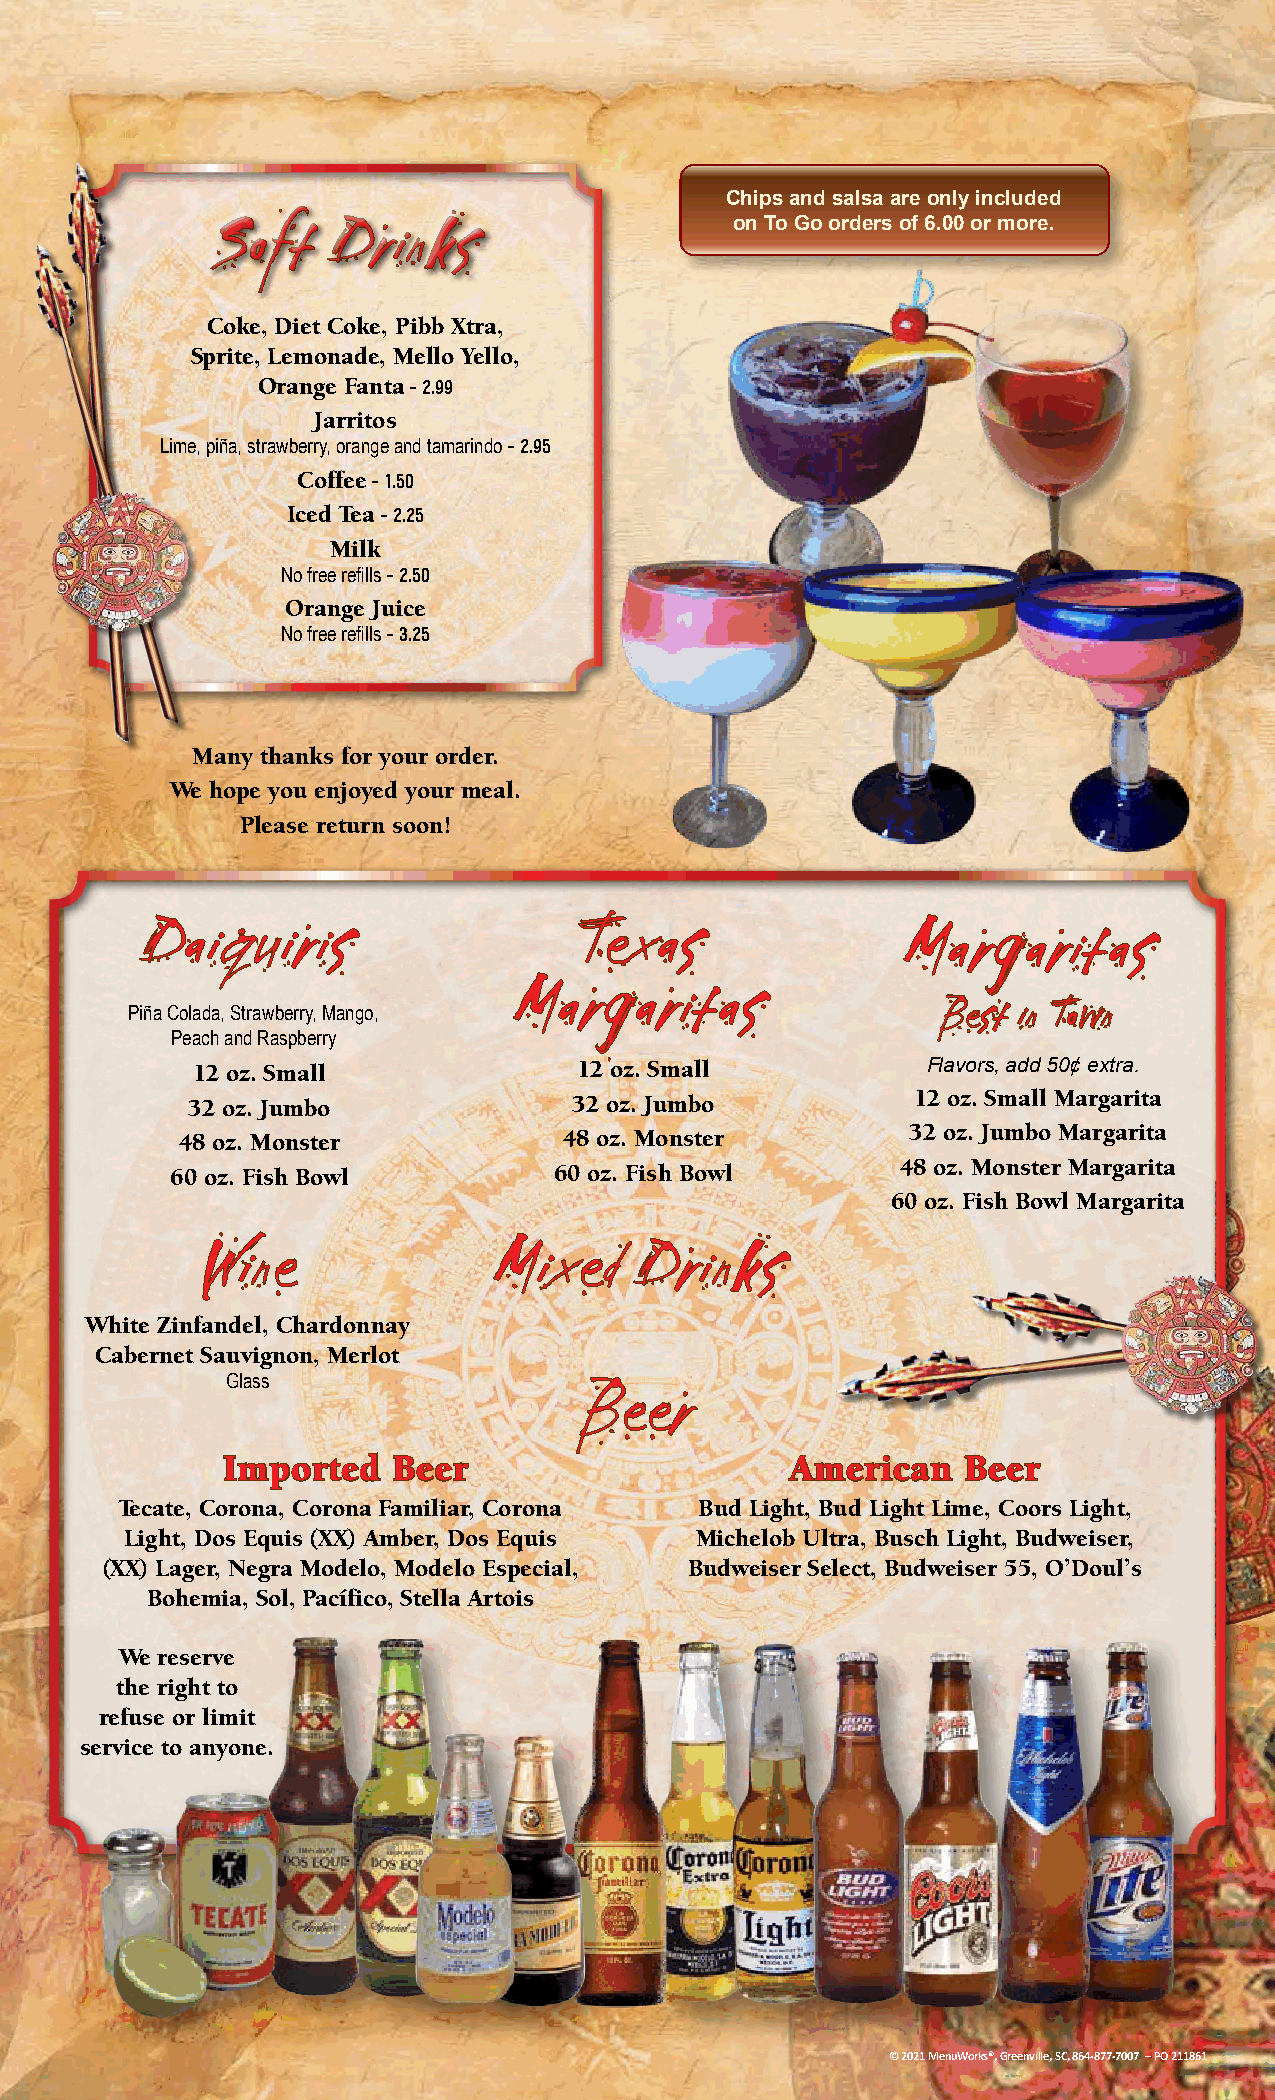
Chips and salsa are only included
 on To Go orders of 6.00 or more.
 SSoofftt DDrriinnkkss
 Coke, Diet Coke, Pibb Xtra,
 Sprite, Lemonade, Mello Yello,
 Orange Fanta – 2.99
 Jarritos
 Lime, piña, strawberry, orange and tamarindo – 2.95
 Coffee – 1.50
 Iced Tea – 2.25
 Milk
 No free refills – 2.50
 Orange Juice
 No free refills – 3.25
 Many thanks for your order.
 We hope you enjoyed your meal.
 Please return soon!
 DDaaiiqquuiirriiss           TTeexxaass            MMaarrggaarriittaass
 MMaarrggaarriittaass
 Piña Colada, Strawberry, Mango,                       BBeesstt iinn TToowwnn
 Peach and Raspberry
 12 oz. Small             12 oz. Small           Flavors, add 50¢ extra.
 32 oz. Jumbo              32 oz. Jumbo           12 oz. Small Margarita
 48 oz. Monster           48 oz. Monster         32 oz. Jumbo Margarita
 60 oz. Fish Bowl          60 oz. Fish Bowl       48 oz. Monster Margarita
 60 oz. Fish Bowl Margarita
 WWiinnee           MMiixxeedd DDrriinnkkss
 White Zinfandel, Chardonnay
 Cabernet Sauvignon, Merlot
 Glass
 BBeeeerr
 IImmppoorrtteedd BBeeeerr            AAmmeerriiccaann BBeeeerr
 Tecate, Corona, Corona Familiar, Corona Bud Light, Bud Light Lime, Coors Light,
 Light, Dos Equis (XX) Amber, Dos Equis Michelob Ultra, Busch Light, Budweiser,
 (XX) Lager, Negra Modelo, Modelo Especial, Budweiser Select, Budweiser 55, O’Doul’s
 Bohemia, Sol, Pacífico, Stella Artois
 We reserve
 the right to
 refuse or limit
 service to anyone.
 © 2021 MenuWorks®, Greenville, SC, 864-877-7007 – PO 211861